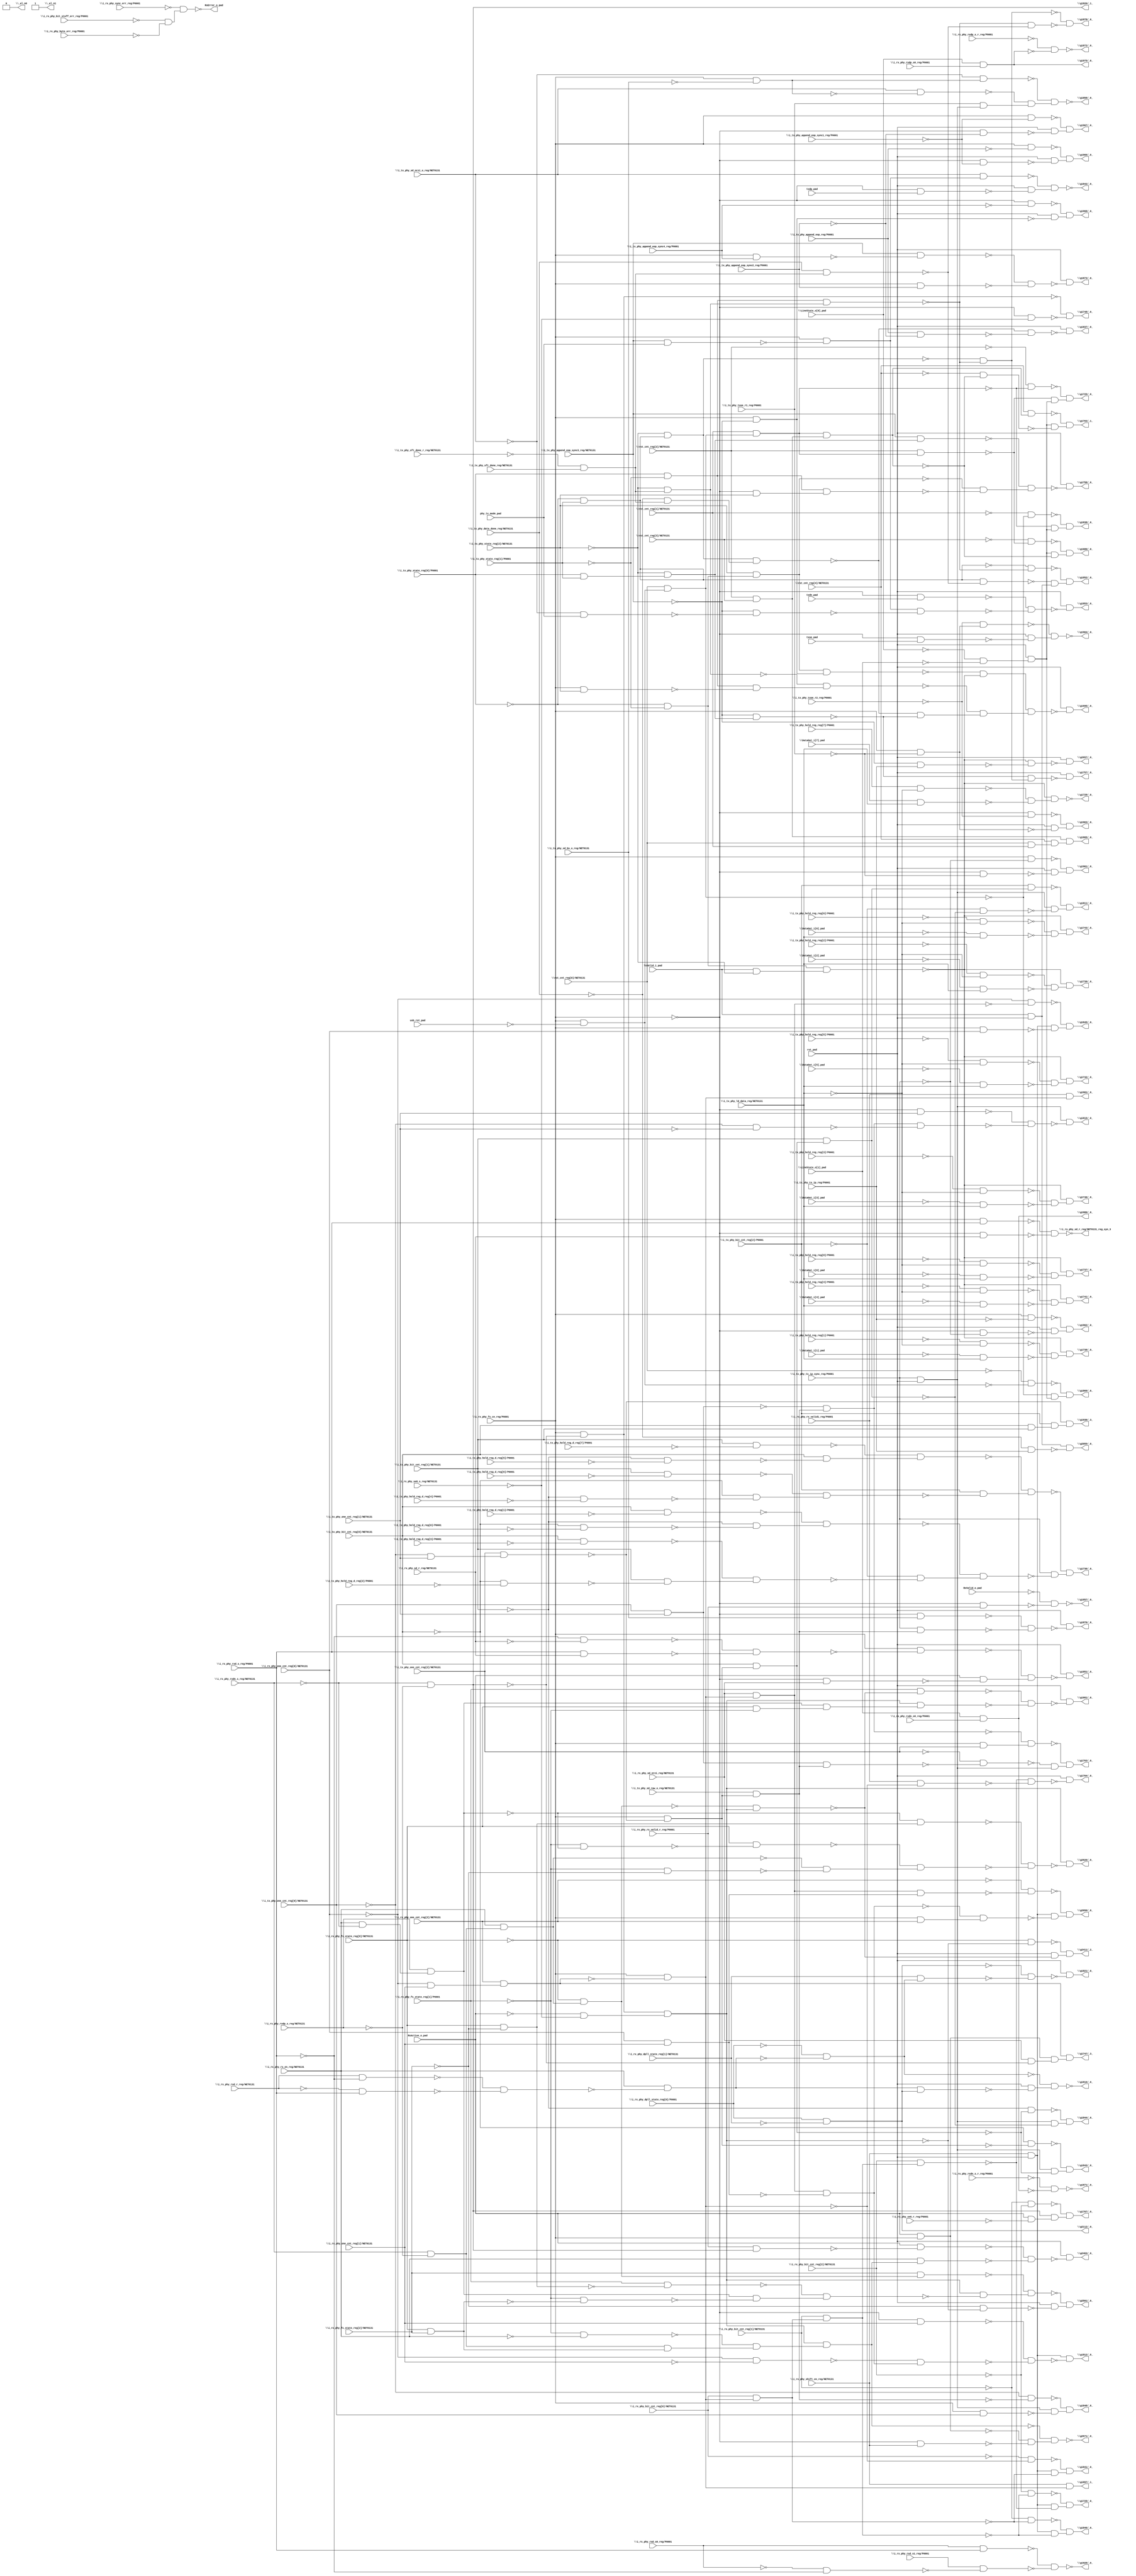
module top( \DataOut_i[0]_pad  , \DataOut_i[1]_pad  , \DataOut_i[2]_pad  , \DataOut_i[3]_pad  , \DataOut_i[4]_pad  , \DataOut_i[5]_pad  , \DataOut_i[6]_pad  , \DataOut_i[7]_pad  , \LineState_o[0]_pad  , \LineState_o[1]_pad  , RxActive_o_pad , RxValid_o_pad , TxValid_i_pad , \i_rx_phy_bit_cnt_reg[0]/NET0131  , \i_rx_phy_bit_cnt_reg[1]/NET0131  , \i_rx_phy_bit_cnt_reg[2]/NET0131  , \i_rx_phy_bit_stuff_err_reg/P0001  , \i_rx_phy_byte_err_reg/P0001  , \i_rx_phy_dpll_state_reg[0]/P0001  , \i_rx_phy_dpll_state_reg[1]/NET0131  , \i_rx_phy_fs_ce_reg/P0001  , \i_rx_phy_fs_state_reg[0]/NET0131  , \i_rx_phy_fs_state_reg[1]/P0001  , \i_rx_phy_fs_state_reg[2]/NET0131  , \i_rx_phy_one_cnt_reg[0]/NET0131  , \i_rx_phy_one_cnt_reg[1]/NET0131  , \i_rx_phy_one_cnt_reg[2]/NET0131  , \i_rx_phy_rx_en_reg/NET0131  , \i_rx_phy_rx_valid1_reg/P0001  , \i_rx_phy_rx_valid_r_reg/P0001  , \i_rx_phy_rxd_r_reg/NET0131  , \i_rx_phy_rxd_s0_reg/P0001  , \i_rx_phy_rxd_s1_reg/P0001  , \i_rx_phy_rxd_s_reg/P0001  , \i_rx_phy_rxdn_s0_reg/P0001  , \i_rx_phy_rxdn_s_r_reg/P0001  , \i_rx_phy_rxdn_s_reg/NET0131  , \i_rx_phy_rxdp_s0_reg/P0001  , \i_rx_phy_rxdp_s_r_reg/P0001  , \i_rx_phy_rxdp_s_reg/NET0131  , \i_rx_phy_sd_nrzi_reg/NET0131  , \i_rx_phy_sd_r_reg/NET0131  , \i_rx_phy_se0_r_reg/P0001  , \i_rx_phy_se0_s_reg/NET0131  , \i_rx_phy_shift_en_reg/NET0131  , \i_rx_phy_sync_err_reg/P0001  , \i_tx_phy_append_eop_reg/P0001  , \i_tx_phy_append_eop_sync1_reg/P0001  , \i_tx_phy_append_eop_sync2_reg/P0001  , \i_tx_phy_append_eop_sync3_reg/NET0131  , \i_tx_phy_append_eop_sync4_reg/P0001  , \i_tx_phy_bit_cnt_reg[0]/NET0131  , \i_tx_phy_bit_cnt_reg[1]/NET0131  , \i_tx_phy_bit_cnt_reg[2]/P0001  , \i_tx_phy_data_done_reg/NET0131  , \i_tx_phy_hold_reg_d_reg[0]/P0001  , \i_tx_phy_hold_reg_d_reg[1]/P0001  , \i_tx_phy_hold_reg_d_reg[2]/P0001  , \i_tx_phy_hold_reg_d_reg[3]/P0001  , \i_tx_phy_hold_reg_d_reg[4]/P0001  , \i_tx_phy_hold_reg_d_reg[5]/P0001  , \i_tx_phy_hold_reg_d_reg[6]/P0001  , \i_tx_phy_hold_reg_d_reg[7]/P0001  , \i_tx_phy_hold_reg_reg[0]/P0001  , \i_tx_phy_hold_reg_reg[1]/P0001  , \i_tx_phy_hold_reg_reg[2]/P0001  , \i_tx_phy_hold_reg_reg[3]/P0001  , \i_tx_phy_hold_reg_reg[4]/P0001  , \i_tx_phy_hold_reg_reg[5]/P0001  , \i_tx_phy_hold_reg_reg[6]/P0001  , \i_tx_phy_hold_reg_reg[7]/P0001  , \i_tx_phy_ld_data_reg/NET0131  , \i_tx_phy_one_cnt_reg[0]/NET0131  , \i_tx_phy_one_cnt_reg[1]/NET0131  , \i_tx_phy_one_cnt_reg[2]/NET0131  , \i_tx_phy_sd_bs_o_reg/NET0131  , \i_tx_phy_sd_nrzi_o_reg/NET0131  , \i_tx_phy_sd_raw_o_reg/NET0131  , \i_tx_phy_sft_done_r_reg/NET0131  , \i_tx_phy_sft_done_reg/NET0131  , \i_tx_phy_state_reg[0]/P0001  , \i_tx_phy_state_reg[1]/P0001  , \i_tx_phy_state_reg[2]/NET0131  , \i_tx_phy_tx_ip_reg/P0001  , \i_tx_phy_tx_ip_sync_reg/P0001  , \i_tx_phy_txoe_r1_reg/P0001  , \i_tx_phy_txoe_r2_reg/P0001  , phy_tx_mode_pad , \rst_cnt_reg[0]/NET0131  , \rst_cnt_reg[1]/NET0131  , \rst_cnt_reg[2]/NET0131  , \rst_cnt_reg[3]/NET0131  , \rst_cnt_reg[4]/NET0131  , rst_pad , txdn_pad , txdp_pad , txoe_pad , usb_rst_pad , RxError_o_pad , \_al_n0  , \_al_n1  , \g1661/_0_  , \g1680/_0_  , \g1695/_0_  , \g1703/_1_  , \g1707/_0_  , \g1725/_0_  , \g1728/_0_  , \g1729/_0_  , \g1736/_0_  , \g1737/_0_  , \g1738/_0_  , \g1739/_0_  , \g1740/_0_  , \g1741/_0_  , \g1742/_0_  , \g1743/_0_  , \g1747/_3_  , \g1748/_0_  , \g1757/_0_  , \g1758/_0_  , \g1763/_0_  , \g1764/_0_  , \g1811/_0_  , \g1812/_0_  , \g1815/_0_  , \g1816/_0_  , \g1820/_1_  , \g1821/_0_  , \g1837/_0_  , \g1838/_0_  , \g1841/_0_  , \g1842/_0_  , \g1843/_0_  , \g1844/_0_  , \g1845/_0_  , \g1846/_0_  , \g1848/_0_  , \g1851/_0_  , \g1852/_0_  , \g1853/_0_  , \g1857/_0_  , \g1858/_0_  , \g1865/_0_  , \g1869/_0_  , \g1871/_0_  , \g1872/_0_  , \g1873/_0_  , \g1876/_0_  , \g1878/_0_  , \g1897/_1_  , \g1901/_0_  , \g1904/_0_  , \g1928/_0_  , \g1936/_3_  , \g1961/_0_  , \g1962/_0_  , \g1963/_0_  , \g1966/_0_  , \g1967/_0_  , \g1968/_0_  , \g1975/_0_  , \g1980/_0_  , \g2055/_0_  , \g2112/_0_  , \g2411/_2_  , \g2463/_0_  , \g2501/_0_  , \g2620/_0_  , \g2650/_0_  , \g2657/_0_  , \g2671/_0_  , \i_rx_phy_sd_r_reg/NET0131_reg_syn_3  );
  input \DataOut_i[0]_pad  ;
  input \DataOut_i[1]_pad  ;
  input \DataOut_i[2]_pad  ;
  input \DataOut_i[3]_pad  ;
  input \DataOut_i[4]_pad  ;
  input \DataOut_i[5]_pad  ;
  input \DataOut_i[6]_pad  ;
  input \DataOut_i[7]_pad  ;
  input \LineState_o[0]_pad  ;
  input \LineState_o[1]_pad  ;
  input RxActive_o_pad ;
  input RxValid_o_pad ;
  input TxValid_i_pad ;
  input \i_rx_phy_bit_cnt_reg[0]/NET0131  ;
  input \i_rx_phy_bit_cnt_reg[1]/NET0131  ;
  input \i_rx_phy_bit_cnt_reg[2]/NET0131  ;
  input \i_rx_phy_bit_stuff_err_reg/P0001  ;
  input \i_rx_phy_byte_err_reg/P0001  ;
  input \i_rx_phy_dpll_state_reg[0]/P0001  ;
  input \i_rx_phy_dpll_state_reg[1]/NET0131  ;
  input \i_rx_phy_fs_ce_reg/P0001  ;
  input \i_rx_phy_fs_state_reg[0]/NET0131  ;
  input \i_rx_phy_fs_state_reg[1]/P0001  ;
  input \i_rx_phy_fs_state_reg[2]/NET0131  ;
  input \i_rx_phy_one_cnt_reg[0]/NET0131  ;
  input \i_rx_phy_one_cnt_reg[1]/NET0131  ;
  input \i_rx_phy_one_cnt_reg[2]/NET0131  ;
  input \i_rx_phy_rx_en_reg/NET0131  ;
  input \i_rx_phy_rx_valid1_reg/P0001  ;
  input \i_rx_phy_rx_valid_r_reg/P0001  ;
  input \i_rx_phy_rxd_r_reg/NET0131  ;
  input \i_rx_phy_rxd_s0_reg/P0001  ;
  input \i_rx_phy_rxd_s1_reg/P0001  ;
  input \i_rx_phy_rxd_s_reg/P0001  ;
  input \i_rx_phy_rxdn_s0_reg/P0001  ;
  input \i_rx_phy_rxdn_s_r_reg/P0001  ;
  input \i_rx_phy_rxdn_s_reg/NET0131  ;
  input \i_rx_phy_rxdp_s0_reg/P0001  ;
  input \i_rx_phy_rxdp_s_r_reg/P0001  ;
  input \i_rx_phy_rxdp_s_reg/NET0131  ;
  input \i_rx_phy_sd_nrzi_reg/NET0131  ;
  input \i_rx_phy_sd_r_reg/NET0131  ;
  input \i_rx_phy_se0_r_reg/P0001  ;
  input \i_rx_phy_se0_s_reg/NET0131  ;
  input \i_rx_phy_shift_en_reg/NET0131  ;
  input \i_rx_phy_sync_err_reg/P0001  ;
  input \i_tx_phy_append_eop_reg/P0001  ;
  input \i_tx_phy_append_eop_sync1_reg/P0001  ;
  input \i_tx_phy_append_eop_sync2_reg/P0001  ;
  input \i_tx_phy_append_eop_sync3_reg/NET0131  ;
  input \i_tx_phy_append_eop_sync4_reg/P0001  ;
  input \i_tx_phy_bit_cnt_reg[0]/NET0131  ;
  input \i_tx_phy_bit_cnt_reg[1]/NET0131  ;
  input \i_tx_phy_bit_cnt_reg[2]/P0001  ;
  input \i_tx_phy_data_done_reg/NET0131  ;
  input \i_tx_phy_hold_reg_d_reg[0]/P0001  ;
  input \i_tx_phy_hold_reg_d_reg[1]/P0001  ;
  input \i_tx_phy_hold_reg_d_reg[2]/P0001  ;
  input \i_tx_phy_hold_reg_d_reg[3]/P0001  ;
  input \i_tx_phy_hold_reg_d_reg[4]/P0001  ;
  input \i_tx_phy_hold_reg_d_reg[5]/P0001  ;
  input \i_tx_phy_hold_reg_d_reg[6]/P0001  ;
  input \i_tx_phy_hold_reg_d_reg[7]/P0001  ;
  input \i_tx_phy_hold_reg_reg[0]/P0001  ;
  input \i_tx_phy_hold_reg_reg[1]/P0001  ;
  input \i_tx_phy_hold_reg_reg[2]/P0001  ;
  input \i_tx_phy_hold_reg_reg[3]/P0001  ;
  input \i_tx_phy_hold_reg_reg[4]/P0001  ;
  input \i_tx_phy_hold_reg_reg[5]/P0001  ;
  input \i_tx_phy_hold_reg_reg[6]/P0001  ;
  input \i_tx_phy_hold_reg_reg[7]/P0001  ;
  input \i_tx_phy_ld_data_reg/NET0131  ;
  input \i_tx_phy_one_cnt_reg[0]/NET0131  ;
  input \i_tx_phy_one_cnt_reg[1]/NET0131  ;
  input \i_tx_phy_one_cnt_reg[2]/NET0131  ;
  input \i_tx_phy_sd_bs_o_reg/NET0131  ;
  input \i_tx_phy_sd_nrzi_o_reg/NET0131  ;
  input \i_tx_phy_sd_raw_o_reg/NET0131  ;
  input \i_tx_phy_sft_done_r_reg/NET0131  ;
  input \i_tx_phy_sft_done_reg/NET0131  ;
  input \i_tx_phy_state_reg[0]/P0001  ;
  input \i_tx_phy_state_reg[1]/P0001  ;
  input \i_tx_phy_state_reg[2]/NET0131  ;
  input \i_tx_phy_tx_ip_reg/P0001  ;
  input \i_tx_phy_tx_ip_sync_reg/P0001  ;
  input \i_tx_phy_txoe_r1_reg/P0001  ;
  input \i_tx_phy_txoe_r2_reg/P0001  ;
  input phy_tx_mode_pad ;
  input \rst_cnt_reg[0]/NET0131  ;
  input \rst_cnt_reg[1]/NET0131  ;
  input \rst_cnt_reg[2]/NET0131  ;
  input \rst_cnt_reg[3]/NET0131  ;
  input \rst_cnt_reg[4]/NET0131  ;
  input rst_pad ;
  input txdn_pad ;
  input txdp_pad ;
  input txoe_pad ;
  input usb_rst_pad ;
  output RxError_o_pad ;
  output \_al_n0  ;
  output \_al_n1  ;
  output \g1661/_0_  ;
  output \g1680/_0_  ;
  output \g1695/_0_  ;
  output \g1703/_1_  ;
  output \g1707/_0_  ;
  output \g1725/_0_  ;
  output \g1728/_0_  ;
  output \g1729/_0_  ;
  output \g1736/_0_  ;
  output \g1737/_0_  ;
  output \g1738/_0_  ;
  output \g1739/_0_  ;
  output \g1740/_0_  ;
  output \g1741/_0_  ;
  output \g1742/_0_  ;
  output \g1743/_0_  ;
  output \g1747/_3_  ;
  output \g1748/_0_  ;
  output \g1757/_0_  ;
  output \g1758/_0_  ;
  output \g1763/_0_  ;
  output \g1764/_0_  ;
  output \g1811/_0_  ;
  output \g1812/_0_  ;
  output \g1815/_0_  ;
  output \g1816/_0_  ;
  output \g1820/_1_  ;
  output \g1821/_0_  ;
  output \g1837/_0_  ;
  output \g1838/_0_  ;
  output \g1841/_0_  ;
  output \g1842/_0_  ;
  output \g1843/_0_  ;
  output \g1844/_0_  ;
  output \g1845/_0_  ;
  output \g1846/_0_  ;
  output \g1848/_0_  ;
  output \g1851/_0_  ;
  output \g1852/_0_  ;
  output \g1853/_0_  ;
  output \g1857/_0_  ;
  output \g1858/_0_  ;
  output \g1865/_0_  ;
  output \g1869/_0_  ;
  output \g1871/_0_  ;
  output \g1872/_0_  ;
  output \g1873/_0_  ;
  output \g1876/_0_  ;
  output \g1878/_0_  ;
  output \g1897/_1_  ;
  output \g1901/_0_  ;
  output \g1904/_0_  ;
  output \g1928/_0_  ;
  output \g1936/_3_  ;
  output \g1961/_0_  ;
  output \g1962/_0_  ;
  output \g1963/_0_  ;
  output \g1966/_0_  ;
  output \g1967/_0_  ;
  output \g1968/_0_  ;
  output \g1975/_0_  ;
  output \g1980/_0_  ;
  output \g2055/_0_  ;
  output \g2112/_0_  ;
  output \g2411/_2_  ;
  output \g2463/_0_  ;
  output \g2501/_0_  ;
  output \g2620/_0_  ;
  output \g2650/_0_  ;
  output \g2657/_0_  ;
  output \g2671/_0_  ;
  output \i_rx_phy_sd_r_reg/NET0131_reg_syn_3  ;
  wire n99 , n100 , n101 , n102 , n103 , n104 , n105 , n106 , n107 , n108 , n109 , n110 , n111 , n112 , n113 , n114 , n115 , n116 , n117 , n118 , n119 , n120 , n121 , n122 , n123 , n124 , n125 , n126 , n127 , n128 , n129 , n130 , n131 , n132 , n133 , n134 , n135 , n136 , n137 , n138 , n139 , n140 , n141 , n142 , n143 , n144 , n145 , n146 , n147 , n148 , n149 , n150 , n151 , n152 , n153 , n154 , n155 , n156 , n157 , n158 , n159 , n160 , n161 , n162 , n163 , n164 , n165 , n166 , n167 , n168 , n169 , n170 , n171 , n172 , n173 , n174 , n175 , n176 , n177 , n178 , n179 , n180 , n181 , n182 , n183 , n184 , n185 , n186 , n187 , n188 , n189 , n190 , n191 , n192 , n193 , n194 , n195 , n196 , n197 , n198 , n199 , n200 , n201 , n202 , n203 , n204 , n205 , n206 , n207 , n208 , n209 , n210 , n211 , n212 , n213 , n214 , n215 , n216 , n217 , n218 , n219 , n220 , n221 , n222 , n223 , n224 , n225 , n226 , n227 , n228 , n229 , n230 , n231 , n232 , n233 , n234 , n235 , n236 , n237 , n238 , n239 , n240 , n241 , n242 , n243 , n244 , n245 , n246 , n247 , n248 , n249 , n250 , n251 , n252 , n253 , n254 , n255 , n256 , n257 , n258 , n259 , n260 , n261 , n262 , n263 , n264 , n265 , n266 , n267 , n268 , n269 , n270 , n271 , n272 , n273 , n274 , n275 , n276 , n277 , n278 , n279 , n280 , n281 , n282 , n283 , n284 , n285 , n286 , n287 , n288 , n289 , n290 , n291 , n292 , n293 , n294 , n295 , n296 , n297 , n298 , n299 , n300 , n301 , n302 , n303 , n304 , n305 , n306 , n307 , n308 , n309 , n310 , n311 , n312 , n313 , n314 , n315 , n316 , n317 , n318 , n319 , n320 , n321 , n322 , n323 , n324 , n325 , n326 , n327 , n328 , n329 , n330 , n331 , n332 , n333 , n334 , n335 , n336 , n337 , n338 , n339 , n340 , n341 , n342 , n343 , n344 , n345 , n346 , n347 , n348 , n349 , n350 , n351 , n352 , n353 , n354 , n355 , n356 , n357 , n358 , n359 , n360 , n361 , n362 , n363 , n364 , n365 , n366 , n367 , n368 , n369 , n370 , n371 , n372 , n373 , n374 , n375 , n376 , n377 , n378 , n379 , n380 , n381 , n382 , n383 , n384 , n385 , n386 , n387 , n388 , n389 , n390 , n391 , n392 , n393 , n394 , n395 , n396 , n397 , n398 , n399 , n400 , n401 , n402 , n403 , n404 , n405 , n406 , n407 , n408 , n409 , n410 , n411 , n412 , n413 , n414 , n415 , n416 , n417 , n418 , n419 , n420 , n421 , n422 , n423 , n424 , n425 , n426 , n427 , n428 , n429 , n430 , n431 , n432 , n433 , n434 , n435 , n436 , n437 , n438 , n439 , n440 , n441 , n442 , n443 , n444 , n445 , n446 , n447 , n448 , n449 , n450 , n451 , n452 , n453 , n454 , n455 ;
  assign n99 = ~\i_rx_phy_bit_stuff_err_reg/P0001  & ~\i_rx_phy_byte_err_reg/P0001  ;
  assign n100 = ~\i_rx_phy_sync_err_reg/P0001  & n99 ;
  assign n101 = \i_rx_phy_rxdn_s_reg/NET0131  & ~\i_rx_phy_rxdp_s_reg/NET0131  ;
  assign n102 = \i_rx_phy_rx_en_reg/NET0131  & n101 ;
  assign n103 = ~\i_rx_phy_fs_state_reg[0]/NET0131  & n102 ;
  assign n104 = ~\i_rx_phy_rxdn_s_reg/NET0131  & ~\i_rx_phy_rxdp_s_reg/NET0131  ;
  assign n105 = \i_rx_phy_fs_ce_reg/P0001  & ~n104 ;
  assign n106 = ~RxActive_o_pad & ~\i_rx_phy_se0_s_reg/NET0131  ;
  assign n107 = n105 & n106 ;
  assign n108 = ~n103 & n107 ;
  assign n109 = \i_rx_phy_fs_state_reg[1]/P0001  & ~n108 ;
  assign n110 = \i_rx_phy_rx_en_reg/NET0131  & ~\i_rx_phy_rxdn_s_reg/NET0131  ;
  assign n111 = \i_rx_phy_rxdp_s_reg/NET0131  & n110 ;
  assign n112 = \i_rx_phy_fs_state_reg[0]/NET0131  & ~\i_rx_phy_fs_state_reg[1]/P0001  ;
  assign n113 = n111 & n112 ;
  assign n114 = n107 & n113 ;
  assign n115 = ~n109 & ~n114 ;
  assign n116 = rst_pad & ~n115 ;
  assign n117 = \i_rx_phy_fs_ce_reg/P0001  & ~usb_rst_pad ;
  assign n118 = \rst_cnt_reg[0]/NET0131  & n117 ;
  assign n119 = \rst_cnt_reg[1]/NET0131  & n118 ;
  assign n120 = \rst_cnt_reg[2]/NET0131  & n119 ;
  assign n121 = ~\rst_cnt_reg[3]/NET0131  & ~n120 ;
  assign n122 = ~\LineState_o[0]_pad  & ~\LineState_o[1]_pad  ;
  assign n123 = rst_pad & n122 ;
  assign n124 = \rst_cnt_reg[2]/NET0131  & \rst_cnt_reg[3]/NET0131  ;
  assign n125 = n119 & n124 ;
  assign n126 = n123 & ~n125 ;
  assign n127 = ~n121 & n126 ;
  assign n128 = ~\i_tx_phy_state_reg[0]/P0001  & ~\i_tx_phy_state_reg[1]/P0001  ;
  assign n129 = \i_tx_phy_state_reg[2]/NET0131  & n128 ;
  assign n130 = \i_rx_phy_fs_ce_reg/P0001  & ~\i_tx_phy_append_eop_sync3_reg/NET0131  ;
  assign n131 = n129 & n130 ;
  assign n137 = TxValid_i_pad & ~\i_tx_phy_state_reg[2]/NET0131  ;
  assign n138 = n128 & n137 ;
  assign n147 = ~n131 & ~n138 ;
  assign n132 = ~\i_tx_phy_sft_done_r_reg/NET0131  & \i_tx_phy_sft_done_reg/NET0131  ;
  assign n143 = ~\i_tx_phy_state_reg[2]/NET0131  & n132 ;
  assign n142 = \i_tx_phy_state_reg[0]/P0001  & ~\i_tx_phy_state_reg[1]/P0001  ;
  assign n144 = \i_rx_phy_fs_ce_reg/P0001  & \i_tx_phy_state_reg[2]/NET0131  ;
  assign n145 = n142 & ~n144 ;
  assign n146 = ~n143 & n145 ;
  assign n133 = ~\i_tx_phy_state_reg[0]/P0001  & \i_tx_phy_state_reg[1]/P0001  ;
  assign n134 = ~\i_tx_phy_state_reg[2]/NET0131  & n133 ;
  assign n135 = ~\i_tx_phy_data_done_reg/NET0131  & n132 ;
  assign n136 = n134 & n135 ;
  assign n139 = \i_tx_phy_state_reg[0]/P0001  & \i_tx_phy_state_reg[1]/P0001  ;
  assign n140 = ~\i_tx_phy_state_reg[2]/NET0131  & n139 ;
  assign n141 = ~\i_tx_phy_append_eop_sync3_reg/NET0131  & n140 ;
  assign n148 = ~n136 & ~n141 ;
  assign n149 = ~n146 & n148 ;
  assign n150 = n147 & n149 ;
  assign n151 = rst_pad & ~n150 ;
  assign n153 = \rst_cnt_reg[4]/NET0131  & n125 ;
  assign n152 = ~\rst_cnt_reg[4]/NET0131  & ~n125 ;
  assign n154 = n123 & ~n152 ;
  assign n155 = ~n153 & n154 ;
  assign n156 = ~\i_rx_phy_bit_cnt_reg[1]/NET0131  & ~\i_rx_phy_bit_cnt_reg[2]/NET0131  ;
  assign n157 = RxActive_o_pad & ~\i_rx_phy_se0_r_reg/P0001  ;
  assign n158 = n104 & n157 ;
  assign n159 = ~n156 & n158 ;
  assign n160 = ~\rst_cnt_reg[2]/NET0131  & ~n119 ;
  assign n161 = ~n120 & n123 ;
  assign n162 = ~n160 & n161 ;
  assign n163 = \i_tx_phy_hold_reg_reg[7]/P0001  & ~\i_tx_phy_ld_data_reg/NET0131  ;
  assign n164 = \DataOut_i[7]_pad  & \i_tx_phy_ld_data_reg/NET0131  ;
  assign n165 = ~n163 & ~n164 ;
  assign n166 = ~n138 & n165 ;
  assign n168 = ~\i_rx_phy_one_cnt_reg[0]/NET0131  & \i_rx_phy_one_cnt_reg[1]/NET0131  ;
  assign n169 = \i_rx_phy_one_cnt_reg[2]/NET0131  & n168 ;
  assign n170 = \i_rx_phy_fs_ce_reg/P0001  & ~n169 ;
  assign n171 = \i_rx_phy_bit_cnt_reg[0]/NET0131  & n170 ;
  assign n172 = \i_rx_phy_bit_cnt_reg[1]/NET0131  & n171 ;
  assign n174 = ~\i_rx_phy_bit_cnt_reg[2]/NET0131  & ~n172 ;
  assign n167 = \i_rx_phy_shift_en_reg/NET0131  & rst_pad ;
  assign n173 = \i_rx_phy_bit_cnt_reg[2]/NET0131  & n172 ;
  assign n175 = n167 & ~n173 ;
  assign n176 = ~n174 & n175 ;
  assign n192 = \i_tx_phy_bit_cnt_reg[1]/NET0131  & ~\i_tx_phy_hold_reg_d_reg[7]/P0001  ;
  assign n191 = ~\i_tx_phy_bit_cnt_reg[1]/NET0131  & ~\i_tx_phy_hold_reg_d_reg[5]/P0001  ;
  assign n193 = \i_tx_phy_bit_cnt_reg[0]/NET0131  & ~n191 ;
  assign n194 = ~n192 & n193 ;
  assign n188 = \i_tx_phy_bit_cnt_reg[1]/NET0131  & ~\i_tx_phy_hold_reg_d_reg[6]/P0001  ;
  assign n187 = ~\i_tx_phy_bit_cnt_reg[1]/NET0131  & ~\i_tx_phy_hold_reg_d_reg[4]/P0001  ;
  assign n189 = ~\i_tx_phy_bit_cnt_reg[0]/NET0131  & ~n187 ;
  assign n190 = ~n188 & n189 ;
  assign n195 = \i_tx_phy_bit_cnt_reg[2]/P0001  & ~n190 ;
  assign n196 = ~n194 & n195 ;
  assign n182 = \i_tx_phy_bit_cnt_reg[0]/NET0131  & ~\i_tx_phy_hold_reg_d_reg[1]/P0001  ;
  assign n181 = ~\i_tx_phy_bit_cnt_reg[0]/NET0131  & ~\i_tx_phy_hold_reg_d_reg[0]/P0001  ;
  assign n183 = ~\i_tx_phy_bit_cnt_reg[1]/NET0131  & ~n181 ;
  assign n184 = ~n182 & n183 ;
  assign n178 = \i_tx_phy_bit_cnt_reg[0]/NET0131  & ~\i_tx_phy_hold_reg_d_reg[3]/P0001  ;
  assign n177 = ~\i_tx_phy_bit_cnt_reg[0]/NET0131  & ~\i_tx_phy_hold_reg_d_reg[2]/P0001  ;
  assign n179 = \i_tx_phy_bit_cnt_reg[1]/NET0131  & ~n177 ;
  assign n180 = ~n178 & n179 ;
  assign n185 = ~\i_tx_phy_bit_cnt_reg[2]/P0001  & ~n180 ;
  assign n186 = ~n184 & n185 ;
  assign n197 = \i_tx_phy_tx_ip_sync_reg/P0001  & ~n186 ;
  assign n198 = ~n196 & n197 ;
  assign n199 = ~\i_tx_phy_hold_reg_reg[0]/P0001  & ~\i_tx_phy_ld_data_reg/NET0131  ;
  assign n200 = ~\DataOut_i[0]_pad  & \i_tx_phy_ld_data_reg/NET0131  ;
  assign n201 = ~n199 & ~n200 ;
  assign n202 = ~n138 & n201 ;
  assign n203 = ~\i_tx_phy_hold_reg_reg[1]/P0001  & ~\i_tx_phy_ld_data_reg/NET0131  ;
  assign n204 = ~\DataOut_i[1]_pad  & \i_tx_phy_ld_data_reg/NET0131  ;
  assign n205 = ~n203 & ~n204 ;
  assign n206 = ~n138 & n205 ;
  assign n207 = ~\i_tx_phy_hold_reg_reg[2]/P0001  & ~\i_tx_phy_ld_data_reg/NET0131  ;
  assign n208 = ~\DataOut_i[2]_pad  & \i_tx_phy_ld_data_reg/NET0131  ;
  assign n209 = ~n207 & ~n208 ;
  assign n210 = ~n138 & n209 ;
  assign n211 = ~\i_tx_phy_hold_reg_reg[3]/P0001  & ~\i_tx_phy_ld_data_reg/NET0131  ;
  assign n212 = ~\DataOut_i[3]_pad  & \i_tx_phy_ld_data_reg/NET0131  ;
  assign n213 = ~n211 & ~n212 ;
  assign n214 = ~n138 & n213 ;
  assign n215 = ~\i_tx_phy_hold_reg_reg[4]/P0001  & ~\i_tx_phy_ld_data_reg/NET0131  ;
  assign n216 = ~\DataOut_i[4]_pad  & \i_tx_phy_ld_data_reg/NET0131  ;
  assign n217 = ~n215 & ~n216 ;
  assign n218 = ~n138 & n217 ;
  assign n219 = ~\i_tx_phy_hold_reg_reg[5]/P0001  & ~\i_tx_phy_ld_data_reg/NET0131  ;
  assign n220 = ~\DataOut_i[5]_pad  & \i_tx_phy_ld_data_reg/NET0131  ;
  assign n221 = ~n219 & ~n220 ;
  assign n222 = ~n138 & n221 ;
  assign n223 = ~\i_tx_phy_hold_reg_reg[6]/P0001  & ~\i_tx_phy_ld_data_reg/NET0131  ;
  assign n224 = ~\DataOut_i[6]_pad  & \i_tx_phy_ld_data_reg/NET0131  ;
  assign n225 = ~n223 & ~n224 ;
  assign n226 = ~n138 & n225 ;
  assign n227 = RxActive_o_pad & \i_rx_phy_fs_ce_reg/P0001  ;
  assign n228 = \i_rx_phy_sd_nrzi_reg/NET0131  & ~n104 ;
  assign n229 = n227 & n228 ;
  assign n230 = n169 & n229 ;
  assign n231 = ~\i_rx_phy_fs_ce_reg/P0001  & ~\i_rx_phy_se0_s_reg/NET0131  ;
  assign n232 = ~n105 & ~n231 ;
  assign n233 = n142 & n143 ;
  assign n234 = ~n134 & ~n233 ;
  assign n235 = ~n141 & n234 ;
  assign n236 = rst_pad & ~n235 ;
  assign n237 = \i_tx_phy_append_eop_sync3_reg/NET0131  & n140 ;
  assign n238 = ~\i_rx_phy_fs_ce_reg/P0001  & \i_tx_phy_state_reg[2]/NET0131  ;
  assign n239 = n142 & n238 ;
  assign n240 = ~n129 & ~n239 ;
  assign n241 = ~n237 & n240 ;
  assign n242 = rst_pad & ~n241 ;
  assign n243 = \i_tx_phy_one_cnt_reg[0]/NET0131  & \i_tx_phy_one_cnt_reg[1]/NET0131  ;
  assign n244 = ~\i_tx_phy_one_cnt_reg[0]/NET0131  & \i_tx_phy_one_cnt_reg[1]/NET0131  ;
  assign n245 = \i_tx_phy_one_cnt_reg[2]/NET0131  & n244 ;
  assign n246 = \i_rx_phy_fs_ce_reg/P0001  & ~n245 ;
  assign n247 = \i_tx_phy_sd_raw_o_reg/NET0131  & n246 ;
  assign n251 = ~n243 & n247 ;
  assign n252 = \i_rx_phy_fs_ce_reg/P0001  & \i_tx_phy_one_cnt_reg[2]/NET0131  ;
  assign n253 = ~n251 & n252 ;
  assign n248 = n243 & n247 ;
  assign n249 = ~\i_tx_phy_one_cnt_reg[2]/NET0131  & ~n248 ;
  assign n250 = \i_tx_phy_tx_ip_sync_reg/P0001  & rst_pad ;
  assign n254 = ~n249 & n250 ;
  assign n255 = ~n253 & n254 ;
  assign n256 = \i_rx_phy_rx_valid1_reg/P0001  & ~n170 ;
  assign n257 = ~n173 & ~n256 ;
  assign n258 = rst_pad & ~n257 ;
  assign n259 = \i_tx_phy_bit_cnt_reg[0]/NET0131  & n246 ;
  assign n260 = \i_tx_phy_bit_cnt_reg[1]/NET0131  & n259 ;
  assign n262 = \i_tx_phy_bit_cnt_reg[2]/P0001  & n260 ;
  assign n261 = ~\i_tx_phy_bit_cnt_reg[2]/P0001  & ~n260 ;
  assign n263 = n250 & ~n261 ;
  assign n264 = ~n262 & n263 ;
  assign n265 = ~\i_rx_phy_fs_ce_reg/P0001  & \i_rx_phy_one_cnt_reg[1]/NET0131  ;
  assign n266 = ~\i_rx_phy_one_cnt_reg[0]/NET0131  & ~\i_rx_phy_one_cnt_reg[1]/NET0131  ;
  assign n267 = \i_rx_phy_sd_nrzi_reg/NET0131  & n170 ;
  assign n268 = \i_rx_phy_one_cnt_reg[0]/NET0131  & \i_rx_phy_one_cnt_reg[1]/NET0131  ;
  assign n269 = n267 & ~n268 ;
  assign n270 = ~n266 & n269 ;
  assign n271 = ~n265 & ~n270 ;
  assign n272 = n167 & ~n271 ;
  assign n273 = ~\i_rx_phy_fs_ce_reg/P0001  & \i_tx_phy_one_cnt_reg[1]/NET0131  ;
  assign n274 = ~\i_tx_phy_one_cnt_reg[0]/NET0131  & ~\i_tx_phy_one_cnt_reg[1]/NET0131  ;
  assign n275 = n251 & ~n274 ;
  assign n276 = ~n273 & ~n275 ;
  assign n277 = n250 & ~n276 ;
  assign n278 = \i_rx_phy_rxd_r_reg/NET0131  & ~\i_rx_phy_rxd_s_reg/P0001  ;
  assign n279 = ~\i_rx_phy_rxd_r_reg/NET0131  & \i_rx_phy_rxd_s_reg/P0001  ;
  assign n280 = ~n278 & ~n279 ;
  assign n281 = \i_rx_phy_rx_en_reg/NET0131  & ~n280 ;
  assign n284 = ~\i_rx_phy_dpll_state_reg[0]/P0001  & ~n281 ;
  assign n282 = \i_rx_phy_dpll_state_reg[0]/P0001  & ~\i_rx_phy_dpll_state_reg[1]/NET0131  ;
  assign n283 = n281 & n282 ;
  assign n285 = rst_pad & ~n283 ;
  assign n286 = ~n284 & n285 ;
  assign n287 = \i_rx_phy_dpll_state_reg[1]/NET0131  & n284 ;
  assign n288 = ~n282 & ~n287 ;
  assign n289 = rst_pad & ~n288 ;
  assign n290 = \i_tx_phy_append_eop_reg/P0001  & ~\i_tx_phy_append_eop_sync2_reg/P0001  ;
  assign n291 = ~n136 & ~n290 ;
  assign n292 = rst_pad & ~n291 ;
  assign n293 = ~\rst_cnt_reg[1]/NET0131  & ~n118 ;
  assign n294 = ~n119 & n123 ;
  assign n295 = ~n293 & n294 ;
  assign n296 = ~\i_rx_phy_bit_cnt_reg[0]/NET0131  & ~n170 ;
  assign n297 = n167 & ~n171 ;
  assign n298 = ~n296 & n297 ;
  assign n300 = \i_tx_phy_append_eop_sync3_reg/NET0131  & phy_tx_mode_pad ;
  assign n301 = \i_rx_phy_fs_ce_reg/P0001  & ~n300 ;
  assign n302 = \i_tx_phy_sd_nrzi_o_reg/NET0131  & n301 ;
  assign n299 = ~\i_rx_phy_fs_ce_reg/P0001  & txdp_pad ;
  assign n303 = rst_pad & ~n299 ;
  assign n304 = ~n302 & n303 ;
  assign n305 = ~\i_tx_phy_bit_cnt_reg[0]/NET0131  & ~n246 ;
  assign n306 = n250 & ~n259 ;
  assign n307 = ~n305 & n306 ;
  assign n308 = ~\i_tx_phy_bit_cnt_reg[1]/NET0131  & ~n259 ;
  assign n309 = n250 & ~n260 ;
  assign n310 = ~n308 & n309 ;
  assign n312 = ~\i_rx_phy_one_cnt_reg[0]/NET0131  & ~n267 ;
  assign n311 = \i_rx_phy_fs_ce_reg/P0001  & \i_rx_phy_one_cnt_reg[0]/NET0131  ;
  assign n313 = n167 & ~n311 ;
  assign n314 = ~n312 & n313 ;
  assign n315 = ~\i_rx_phy_bit_cnt_reg[1]/NET0131  & ~n171 ;
  assign n316 = n167 & ~n172 ;
  assign n317 = ~n315 & n316 ;
  assign n319 = ~\i_tx_phy_one_cnt_reg[0]/NET0131  & ~n247 ;
  assign n318 = \i_rx_phy_fs_ce_reg/P0001  & \i_tx_phy_one_cnt_reg[0]/NET0131  ;
  assign n320 = n250 & ~n318 ;
  assign n321 = ~n319 & n320 ;
  assign n322 = ~\i_rx_phy_rxd_s_reg/P0001  & ~\i_rx_phy_sd_r_reg/NET0131  ;
  assign n323 = \i_rx_phy_rxd_s_reg/P0001  & \i_rx_phy_sd_r_reg/NET0131  ;
  assign n324 = ~n322 & ~n323 ;
  assign n325 = \i_rx_phy_fs_ce_reg/P0001  & ~n324 ;
  assign n326 = ~\i_rx_phy_fs_ce_reg/P0001  & \i_rx_phy_sd_nrzi_reg/NET0131  ;
  assign n327 = RxActive_o_pad & ~n326 ;
  assign n328 = ~n325 & n327 ;
  assign n329 = rst_pad & ~n328 ;
  assign n332 = ~n133 & ~n233 ;
  assign n330 = \i_tx_phy_data_done_reg/NET0131  & n132 ;
  assign n331 = n133 & ~n330 ;
  assign n333 = TxValid_i_pad & rst_pad ;
  assign n334 = ~n331 & n333 ;
  assign n335 = ~n332 & n334 ;
  assign n336 = ~\i_rx_phy_fs_ce_reg/P0001  & txdn_pad ;
  assign n337 = ~\i_tx_phy_sd_nrzi_o_reg/NET0131  & phy_tx_mode_pad ;
  assign n338 = ~\i_tx_phy_append_eop_sync3_reg/NET0131  & ~n337 ;
  assign n339 = n301 & ~n338 ;
  assign n340 = ~n336 & ~n339 ;
  assign n341 = rst_pad & ~n340 ;
  assign n342 = ~\i_rx_phy_fs_ce_reg/P0001  & \i_rx_phy_rx_valid_r_reg/P0001  ;
  assign n343 = ~RxValid_o_pad & ~n342 ;
  assign n344 = \i_rx_phy_fs_ce_reg/P0001  & ~\i_tx_phy_sd_bs_o_reg/NET0131  ;
  assign n346 = ~\i_tx_phy_sd_nrzi_o_reg/NET0131  & n344 ;
  assign n345 = \i_tx_phy_sd_nrzi_o_reg/NET0131  & ~n344 ;
  assign n347 = \i_tx_phy_txoe_r1_reg/P0001  & n250 ;
  assign n348 = ~n345 & n347 ;
  assign n349 = ~n346 & n348 ;
  assign n350 = \rst_cnt_reg[0]/NET0131  & \rst_cnt_reg[1]/NET0131  ;
  assign n351 = \rst_cnt_reg[4]/NET0131  & n350 ;
  assign n352 = n124 & n351 ;
  assign n353 = ~\rst_cnt_reg[0]/NET0131  & ~n117 ;
  assign n354 = ~n118 & n123 ;
  assign n355 = ~n353 & n354 ;
  assign n356 = \LineState_o[1]_pad  & \i_rx_phy_rxdn_s0_reg/P0001  ;
  assign n357 = ~\i_rx_phy_rxdn_s_r_reg/P0001  & ~n356 ;
  assign n358 = \LineState_o[0]_pad  & \i_rx_phy_rxdp_s0_reg/P0001  ;
  assign n359 = ~\i_rx_phy_rxdp_s_r_reg/P0001  & ~n358 ;
  assign n360 = \i_rx_phy_fs_ce_reg/P0001  & \i_tx_phy_append_eop_sync4_reg/P0001  ;
  assign n361 = \i_tx_phy_append_eop_sync3_reg/NET0131  & ~n360 ;
  assign n362 = \i_rx_phy_fs_ce_reg/P0001  & \i_tx_phy_append_eop_sync2_reg/P0001  ;
  assign n363 = ~n361 & ~n362 ;
  assign n364 = rst_pad & ~n363 ;
  assign n365 = ~\i_rx_phy_fs_ce_reg/P0001  & \i_tx_phy_sd_bs_o_reg/NET0131  ;
  assign n366 = \i_tx_phy_tx_ip_sync_reg/P0001  & n247 ;
  assign n367 = ~n365 & ~n366 ;
  assign n368 = rst_pad & ~n367 ;
  assign n369 = ~n233 & ~n330 ;
  assign n370 = ~n234 & ~n369 ;
  assign n371 = \i_rx_phy_shift_en_reg/NET0131  & n170 ;
  assign n372 = \i_rx_phy_rx_valid1_reg/P0001  & n170 ;
  assign n373 = \i_rx_phy_fs_ce_reg/P0001  & ~\i_tx_phy_txoe_r1_reg/P0001  ;
  assign n374 = ~\i_tx_phy_txoe_r2_reg/P0001  & n373 ;
  assign n375 = ~\i_rx_phy_fs_ce_reg/P0001  & txoe_pad ;
  assign n376 = rst_pad & ~n375 ;
  assign n377 = ~n374 & n376 ;
  assign n378 = \i_rx_phy_rxd_s0_reg/P0001  & \i_rx_phy_rxd_s_reg/P0001  ;
  assign n379 = ~\i_rx_phy_rxd_s0_reg/P0001  & ~\i_rx_phy_rxd_s_reg/P0001  ;
  assign n380 = \i_rx_phy_rxd_s1_reg/P0001  & ~n379 ;
  assign n381 = ~n378 & ~n380 ;
  assign n382 = \i_tx_phy_bit_cnt_reg[0]/NET0131  & \i_tx_phy_bit_cnt_reg[1]/NET0131  ;
  assign n383 = \i_tx_phy_bit_cnt_reg[2]/P0001  & n382 ;
  assign n384 = ~n245 & n383 ;
  assign n386 = \i_rx_phy_fs_ce_reg/P0001  & ~\i_tx_phy_tx_ip_sync_reg/P0001  ;
  assign n385 = ~\i_rx_phy_fs_ce_reg/P0001  & ~\i_tx_phy_txoe_r1_reg/P0001  ;
  assign n387 = rst_pad & ~n385 ;
  assign n388 = ~n386 & n387 ;
  assign n390 = \i_rx_phy_fs_ce_reg/P0001  & ~\i_tx_phy_tx_ip_reg/P0001  ;
  assign n389 = ~\i_rx_phy_fs_ce_reg/P0001  & ~\i_tx_phy_tx_ip_sync_reg/P0001  ;
  assign n391 = rst_pad & ~n389 ;
  assign n392 = ~n390 & n391 ;
  assign n393 = ~\i_rx_phy_fs_ce_reg/P0001  & ~\i_tx_phy_txoe_r2_reg/P0001  ;
  assign n394 = rst_pad & ~n373 ;
  assign n395 = ~n393 & n394 ;
  assign n397 = \i_rx_phy_fs_ce_reg/P0001  & ~\i_tx_phy_append_eop_reg/P0001  ;
  assign n396 = ~\i_rx_phy_fs_ce_reg/P0001  & ~\i_tx_phy_append_eop_sync1_reg/P0001  ;
  assign n398 = rst_pad & ~n396 ;
  assign n399 = ~n397 & n398 ;
  assign n401 = \i_rx_phy_fs_ce_reg/P0001  & ~\i_tx_phy_append_eop_sync1_reg/P0001  ;
  assign n400 = ~\i_rx_phy_fs_ce_reg/P0001  & ~\i_tx_phy_append_eop_sync2_reg/P0001  ;
  assign n402 = rst_pad & ~n400 ;
  assign n403 = ~n401 & n402 ;
  assign n404 = ~\i_rx_phy_fs_ce_reg/P0001  & ~\i_tx_phy_append_eop_sync4_reg/P0001  ;
  assign n405 = rst_pad & ~n130 ;
  assign n406 = ~n404 & n405 ;
  assign n407 = ~\i_tx_phy_data_done_reg/NET0131  & \i_tx_phy_tx_ip_reg/P0001  ;
  assign n408 = n333 & ~n407 ;
  assign n409 = ~\i_rx_phy_fs_state_reg[0]/NET0131  & ~n107 ;
  assign n410 = rst_pad & ~n108 ;
  assign n411 = ~n409 & n410 ;
  assign n412 = \i_rx_phy_rx_valid_r_reg/P0001  & n104 ;
  assign n413 = RxActive_o_pad & ~n412 ;
  assign n415 = ~\i_rx_phy_fs_state_reg[1]/P0001  & ~\i_rx_phy_rx_en_reg/NET0131  ;
  assign n414 = \i_rx_phy_fs_state_reg[0]/NET0131  & \i_rx_phy_fs_state_reg[2]/NET0131  ;
  assign n416 = n101 & n414 ;
  assign n417 = ~n415 & n416 ;
  assign n418 = n107 & n417 ;
  assign n419 = \i_rx_phy_rx_en_reg/NET0131  & n418 ;
  assign n420 = ~n413 & ~n419 ;
  assign n421 = rst_pad & ~n420 ;
  assign n428 = \i_rx_phy_fs_state_reg[2]/NET0131  & n103 ;
  assign n424 = \i_rx_phy_fs_state_reg[0]/NET0131  & ~\i_rx_phy_fs_state_reg[2]/NET0131  ;
  assign n425 = \i_rx_phy_fs_state_reg[1]/P0001  & ~n424 ;
  assign n423 = ~\i_rx_phy_fs_state_reg[1]/P0001  & ~n414 ;
  assign n426 = n111 & ~n423 ;
  assign n427 = ~n425 & n426 ;
  assign n429 = n107 & ~n427 ;
  assign n430 = ~n428 & n429 ;
  assign n422 = ~\i_rx_phy_fs_state_reg[2]/NET0131  & ~n107 ;
  assign n431 = rst_pad & ~n422 ;
  assign n432 = ~n430 & n431 ;
  assign n433 = ~n111 & n424 ;
  assign n435 = ~\i_rx_phy_fs_state_reg[1]/P0001  & ~n111 ;
  assign n436 = \i_rx_phy_fs_state_reg[0]/NET0131  & ~n435 ;
  assign n434 = ~\i_rx_phy_fs_state_reg[1]/P0001  & ~\i_rx_phy_fs_state_reg[2]/NET0131  ;
  assign n437 = ~n102 & ~n434 ;
  assign n438 = ~n436 & n437 ;
  assign n439 = ~n433 & ~n438 ;
  assign n440 = n107 & ~n439 ;
  assign n443 = n267 & n268 ;
  assign n444 = ~\i_rx_phy_one_cnt_reg[2]/NET0131  & ~n443 ;
  assign n441 = \i_rx_phy_fs_ce_reg/P0001  & \i_rx_phy_one_cnt_reg[2]/NET0131  ;
  assign n442 = ~n269 & n441 ;
  assign n445 = n167 & ~n442 ;
  assign n446 = ~n444 & n445 ;
  assign n447 = ~\i_tx_phy_append_eop_sync3_reg/NET0131  & \i_tx_phy_tx_ip_reg/P0001  ;
  assign n448 = ~n138 & ~n447 ;
  assign n449 = rst_pad & ~n448 ;
  assign n450 = ~\i_rx_phy_fs_ce_reg/P0001  & \i_rx_phy_shift_en_reg/NET0131  ;
  assign n451 = ~n227 & ~n450 ;
  assign n452 = ~n418 & n451 ;
  assign n453 = \i_rx_phy_fs_ce_reg/P0001  & \i_rx_phy_rxd_s_reg/P0001  ;
  assign n454 = ~\i_rx_phy_fs_ce_reg/P0001  & \i_rx_phy_sd_r_reg/NET0131  ;
  assign n455 = ~n453 & ~n454 ;
  assign RxError_o_pad = ~n100 ;
  assign \_al_n0  = 1'b0 ;
  assign \_al_n1  = ~1'b0 ;
  assign \g1661/_0_  = n116 ;
  assign \g1680/_0_  = n127 ;
  assign \g1695/_0_  = n151 ;
  assign \g1703/_1_  = n155 ;
  assign \g1707/_0_  = n159 ;
  assign \g1725/_0_  = n162 ;
  assign \g1728/_0_  = ~n166 ;
  assign \g1729/_0_  = n176 ;
  assign \g1736/_0_  = n198 ;
  assign \g1737/_0_  = n202 ;
  assign \g1738/_0_  = n206 ;
  assign \g1739/_0_  = n210 ;
  assign \g1740/_0_  = n214 ;
  assign \g1741/_0_  = n218 ;
  assign \g1742/_0_  = n222 ;
  assign \g1743/_0_  = n226 ;
  assign \g1747/_3_  = n230 ;
  assign \g1748/_0_  = n232 ;
  assign \g1757/_0_  = n236 ;
  assign \g1758/_0_  = n242 ;
  assign \g1763/_0_  = n255 ;
  assign \g1764/_0_  = n258 ;
  assign \g1811/_0_  = n264 ;
  assign \g1812/_0_  = n272 ;
  assign \g1815/_0_  = n277 ;
  assign \g1816/_0_  = ~n286 ;
  assign \g1820/_1_  = n104 ;
  assign \g1821/_0_  = n289 ;
  assign \g1837/_0_  = n292 ;
  assign \g1838/_0_  = n295 ;
  assign \g1841/_0_  = n298 ;
  assign \g1842/_0_  = ~n304 ;
  assign \g1843/_0_  = n307 ;
  assign \g1844/_0_  = n310 ;
  assign \g1845/_0_  = n314 ;
  assign \g1846/_0_  = n317 ;
  assign \g1848/_0_  = n321 ;
  assign \g1851/_0_  = n329 ;
  assign \g1852/_0_  = n335 ;
  assign \g1853/_0_  = n341 ;
  assign \g1857/_0_  = ~n343 ;
  assign \g1858/_0_  = ~n349 ;
  assign \g1865/_0_  = n352 ;
  assign \g1869/_0_  = n355 ;
  assign \g1871/_0_  = ~n357 ;
  assign \g1872/_0_  = ~n359 ;
  assign \g1873/_0_  = n364 ;
  assign \g1876/_0_  = n368 ;
  assign \g1878/_0_  = n370 ;
  assign \g1897/_1_  = n371 ;
  assign \g1901/_0_  = n372 ;
  assign \g1904/_0_  = ~n377 ;
  assign \g1928/_0_  = ~n381 ;
  assign \g1936/_3_  = n384 ;
  assign \g1961/_0_  = n388 ;
  assign \g1962/_0_  = n392 ;
  assign \g1963/_0_  = n395 ;
  assign \g1966/_0_  = n399 ;
  assign \g1967/_0_  = n403 ;
  assign \g1968/_0_  = n406 ;
  assign \g1975/_0_  = n358 ;
  assign \g1980/_0_  = n356 ;
  assign \g2055/_0_  = n408 ;
  assign \g2112/_0_  = n282 ;
  assign \g2411/_2_  = n411 ;
  assign \g2463/_0_  = n421 ;
  assign \g2501/_0_  = n432 ;
  assign \g2620/_0_  = n440 ;
  assign \g2650/_0_  = n446 ;
  assign \g2657/_0_  = n449 ;
  assign \g2671/_0_  = ~n452 ;
  assign \i_rx_phy_sd_r_reg/NET0131_reg_syn_3  = ~n455 ;
endmodule